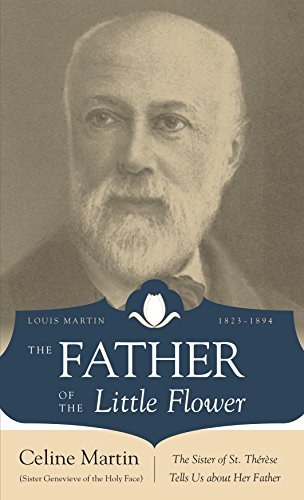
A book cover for The Father of the Little Flower: Louis Martin (1823-1894); Sr. Genevieve of Holy Face; Christian Books & Bibles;